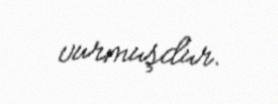
vurmuşdur.